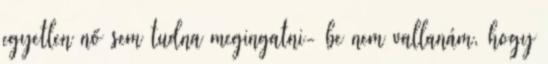
egyetlen nő sem tudna megingatni- be nem vallanám, hogy